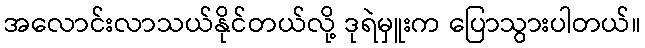
အလောင်းလာသယ်နိုင်တယ်လို့ ဒုရဲမှူးက ပြောသွားပါတယ်။